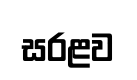
සරළව